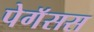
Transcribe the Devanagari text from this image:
पेगॅसस